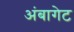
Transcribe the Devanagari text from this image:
अंबागेट